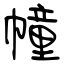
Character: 幢